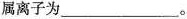
属离子为___。